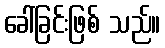
ခေါ်ခြင်းဖြစ် သည်။